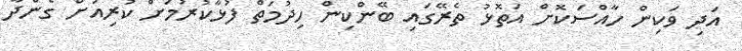
އަދި ވަކިން ހާއްސަކޮށް އަތޮޅު ތެރޭގައި ބޭންކިން ހިދުމަތް ފުޅާކުރުމަށް ކުރިއަށް ގެންދާ